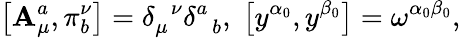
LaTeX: \left[\mathbf{A}_{\mu}^{a},\pi_{b}^{\nu}\right]=\delta_{\mu}^{\; \; \nu}\delta_{\; \; b}^{a},\; \left[y^{\alpha_{0}},y^{\beta_{0}}\right]=\omega^{\alpha_{0}\beta_{0}},